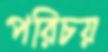
পরিচয়